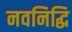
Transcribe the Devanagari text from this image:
नवनिद्धि